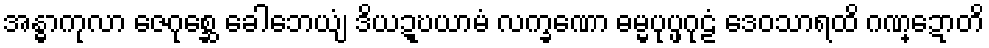
အန္ဓာကုလာ ဇေဂုစ္ဆေ ခေါဘေယျံ ဒိယဍ္ဎယာမံ လက္ခဏော ဓမ္မပုပ္ဖဂုဠံ ဒေဝသာရထိ ဂဏ္ဍောတိ